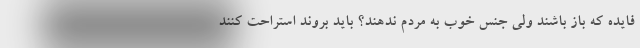
فایده که باز باشند ولی جنس خوب به مردم ندهند؟ باید بروند استراحت کنند